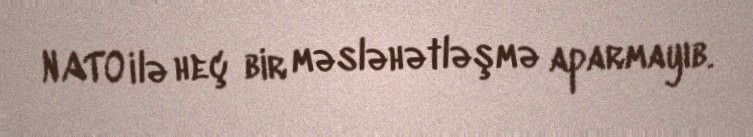
NATO ilə heç bir məsləhətləşmə aparmayıb.